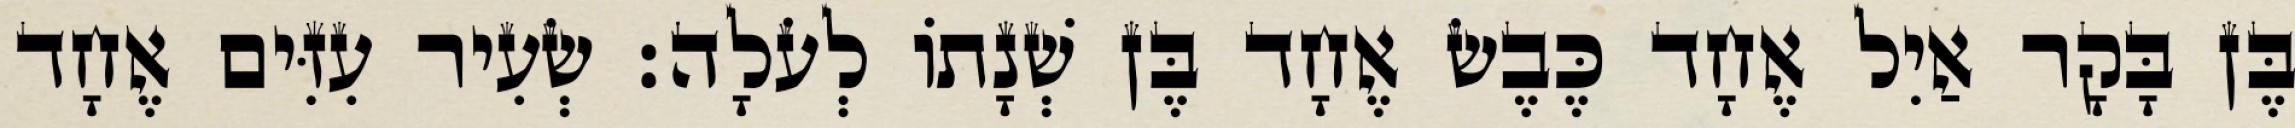
בֶּן בָּקָר אַיִל אֶחָד כֶּבֶשׂ אֶחָד בֶּן שְׁנָתוֹ לְעֹלָה׃ שְׂעִיר עִזִּים אֶחָד